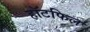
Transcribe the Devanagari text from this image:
हॉटफिल